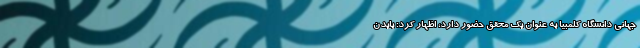
جهانی دانشگاه کلمبیا به عنوان یک محقق حضور دارد، اظهار کرد: بایدن